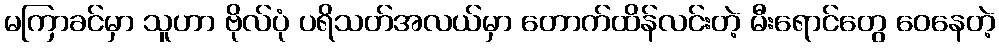
မကြာခင်မှာ သူဟာ ဗိုလ်ပုံ ပရိသတ်အလယ်မှာ တောက်ထိန်လင်းတဲ့ မီးရောင်တွေ ဝေနေတဲ့